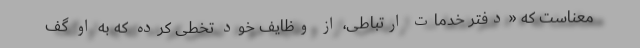
معناست که «دفتر خدمات ارتباطی، از وظایف خود تخطی کرده که به او گف